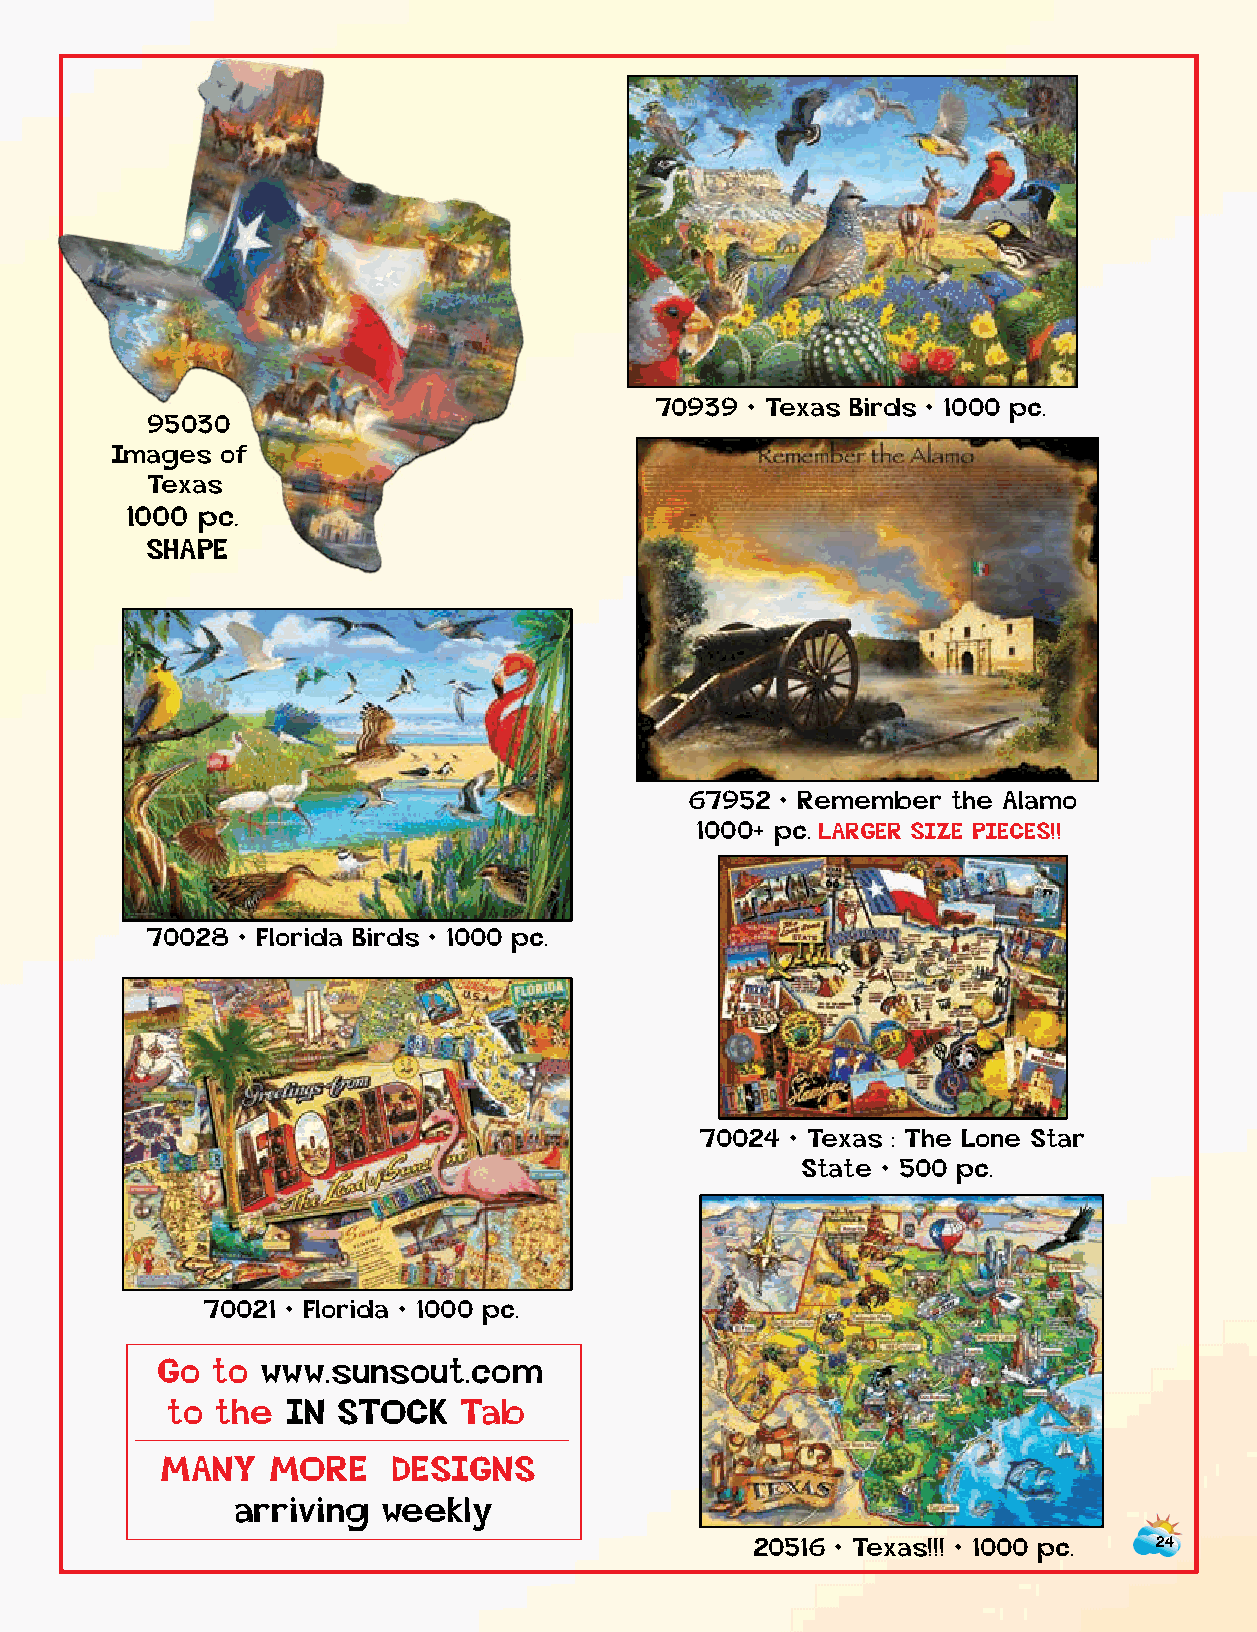
70939  • Texas Birds • 1000 pc.
 95030
 Images  of
 Texas
 1000 pc.
 SHAPE
 67952 • Remember the Alamo
 1000+ pc. LARGER SIZE PIECES!!
 70028 • Florida Birds • 1000 pc.
 20521 • Florida Map
 500 pc.
 70024 • Texas : The Lone Star
 State • 500 pc.
 70021 • Florida • 1000 pc.
 Go  to www.sunsout.com
 to the  IN STOCK    Tab
 ______________
 MANY   MORE    DESIGNS
 arriving weekly
 20516 • Texas!!! • 1000 pc. 24